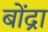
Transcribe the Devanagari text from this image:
बोंद्रा